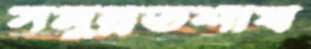
সমুন্নতশীর্ষ